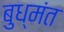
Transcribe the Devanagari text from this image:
बुध्मंत